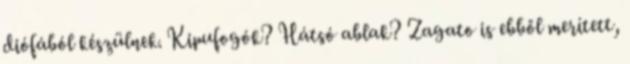
diófából készülnek. Kipufogók? Hátsó ablak? Zagato is ebből merített,